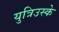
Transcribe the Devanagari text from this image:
युत्रिउस्के